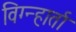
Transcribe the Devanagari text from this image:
विग्न्हार्ता